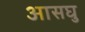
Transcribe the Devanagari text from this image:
आसघु